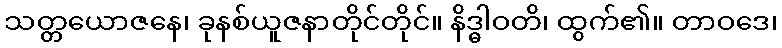
သတ္တယောဇနေ၊ ခုနစ်ယူဇနာတိုင်တိုင်။ နိဒ္ဓါဝတိ၊ ထွက်၏။ တာဝဒေ၊